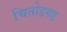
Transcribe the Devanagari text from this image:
चितोडगड